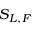
S _ { L , F }